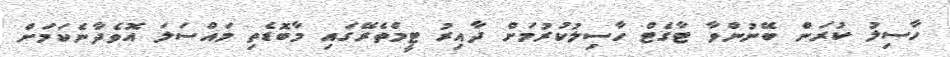
ހާސިލު ކުރަން ބޭނުންވާ ޓާގެޓް ހާސިލުކުރުމަށް ދާއިރު ޓީމްތެރޭގައި މާބޮޑެތި މައްސަލަ އޮވެދާނެކަމަށް